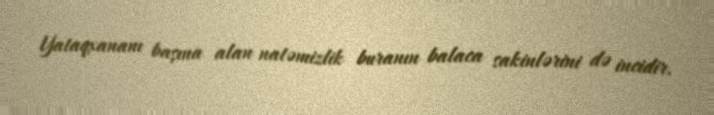
Yataqxananı başına alan natəmizlik buranın balaca sakinlərini də incidir.